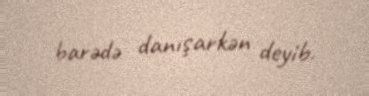
barədə danışarkən deyib.